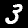
Digit: 3